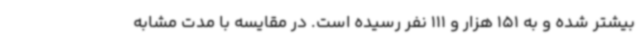
بیشتر شده و به 151 هزار و 111 نفر رسیده است. در مقایسه با مدت مشابه